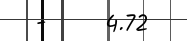
-     4.72